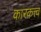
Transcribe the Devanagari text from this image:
कारकत्त्व